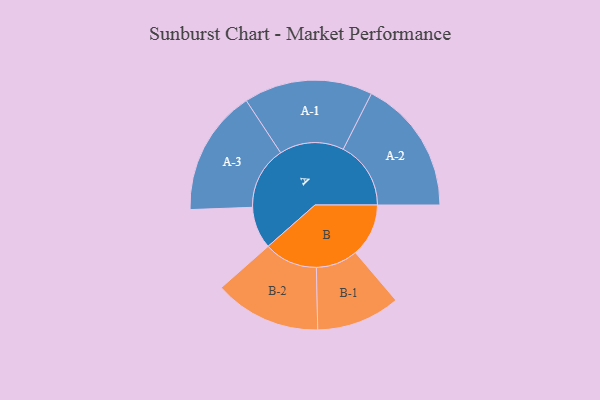
{"axis": {"x": "Segment", "y": "Value"}, "legend": ["", "A", "B"], "data": [{"x": "A", "y": 186, "type": ""}, {"x": "B", "y": 235, "type": ""}, {"x": "A-1", "y": 285, "type": "A"}, {"x": "A-2", "y": 299, "type": "A"}, {"x": "A-3", "y": 278, "type": "A"}, {"x": "B-1", "y": 185, "type": "B"}, {"x": "B-2", "y": 236, "type": "B"}]}